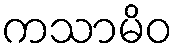
ကသာမိဝ